Civil Veterinary Department. Madras. Admin. report 1910-25 - 1910-1925
Year: 1910
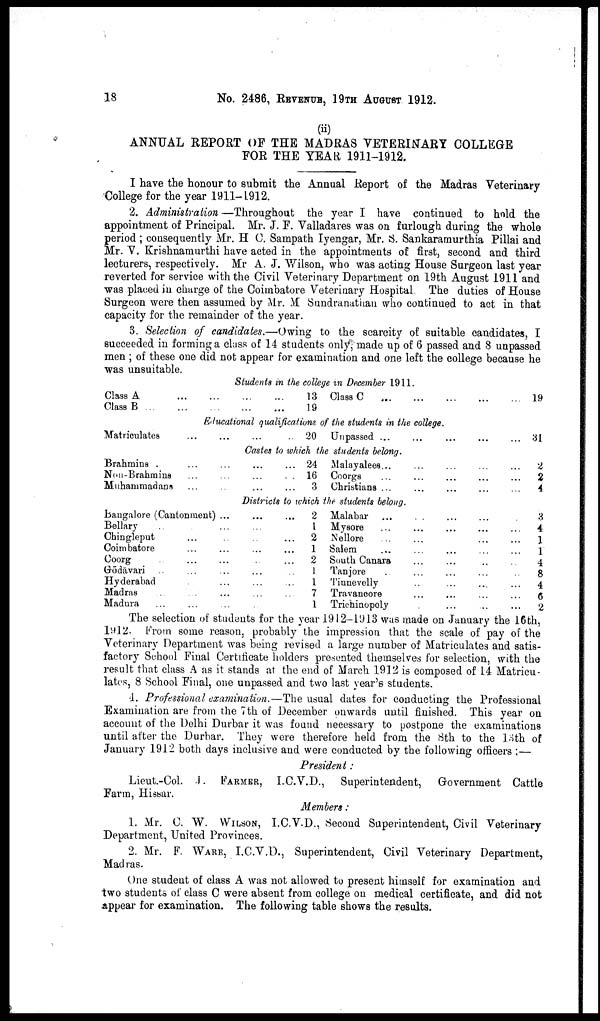
18
No. 2486, REVENUE, 19TH AUGUST 1912.
(ii)
ANNUAL REPORT OF THE MADRAS VETERINARY COLLEGE
FOR THE YEAR 1911-1912.
I have the honour to submit the Annual Report of the Madras Veterinary
College for the year 1911-1912.
2. Administration—Throughout
the year I have continued to hold the
appointment of Principal. Mr. J. F. Valladares was on furlough during the whole
period ; consequently Mr. H C. Sampath Iyengar, Mr. S. Sankaramurthia Pillai and
Mr. V. Krishnamurthi have acted in the appointments of first, second and third
lecturers, respectively. Mr A. J. Wilson, who was acting House Surgeon last year
reverted for service with the Civil Veterinary Department on 19th August 1911 and
was placed in charge of the Coimbatore Veterinary Hospital. The duties of House
Surgeon were then assumed by Mr. M Sundranathan who continued to act in that
capacity for the remainder of the year.
3. Selection of candidates.—Owing to the scarcity of suitable candidates, I
succeeded in forming a class of 14 students only, made up of 6 passed and 8 unpassed
men ; of these one did not appear for examination and one left the college because he
was unsuitable.
Students in the college in December 1911.
Class A
Class B
...
...
...
...
...
...
...
...
13
19
Class C
...
...
...
19
Educational qualifications of the students in the college.
Matriculates
20 Unpassed ...
31
Castes to which the students belong.
Brahmins .
Non-Brahmins
Muhammadans
24
16
...
3
Malayalees...
Coorgs
Christians ...
2
2
...
4
Districts to which the students belong.
Bangalore (Cantonment) ...
Bellary
...
Chingleput
Coimbatore
Coorg
Godavari
Hyderabad
Madras
Madura
...
2
... 1
...
2
...
1
...
2
... 1
... 1
...
7
... 1
Malabar
Mysore
Nellore
Salem
South Canara
Tanjore
Tinnevelly
Travanoore
Trichinopoly
.... 3
...
4
1
...
1
.... 4
.... 8
...
4
...
6
2
The selection of students for the year 1912-1913 was made on January the 16th,
l912.
From some reason, probably the impression that the scale of pay of the
Veterinary Department was being revised a large number of Matriculates and satis-
factory School Final Certificate holders presented themselves for selection, with the
result that class A as it stands at the end of March 1912 is composed of 14 Matricu-
lates, 8 School Final, one unpassed and two last year's students.
4. Professional examination.—The usual dates for conducting the Professional
Examination are from the 7th of December onwards until finished. This year on
account of the Delhi Durbar it was found necessary to postpone the examinations
until after the Durbar. They were therefore held from the 8th to the 13th of
January 1912 both days inclusive and were conducted by the following officers ;—
President:
Lieut.-Col. J. FARMER, I.C.V.D., Superintendent,
Government Cattle
Farm, Hissar.
Members:
1. Mr. C. W. WILSON, I.C.V.D., Second Superintendent, Civil Veterinary
Department, United Provinces.
2. Mr. F. WARE, I.C.V.D., Superintendent, Civil Veterinary Department,
Madras.
One student of class A was not allowed to present himself for examination and
two students of class C were absent from college on medical certificate, and did not
appear for examination. The following table shows the results.